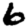
Digit: 6